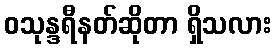
ဝသုန္ဒရီနတ်ဆိုတာ ရှိသလား